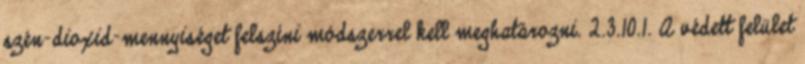
szén-dioxid-mennyiséget felszíni módszerrel kell meghatározni. 2.3.10.1. A védett felület